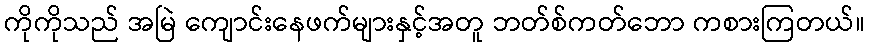
ကိုကိုသည် အမြဲ ကျောင်းနေဖက်များနှင့်အတူ ဘတ်စ်ကတ်ဘော ကစားကြတယ်။